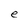
Character: e